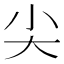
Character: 尖